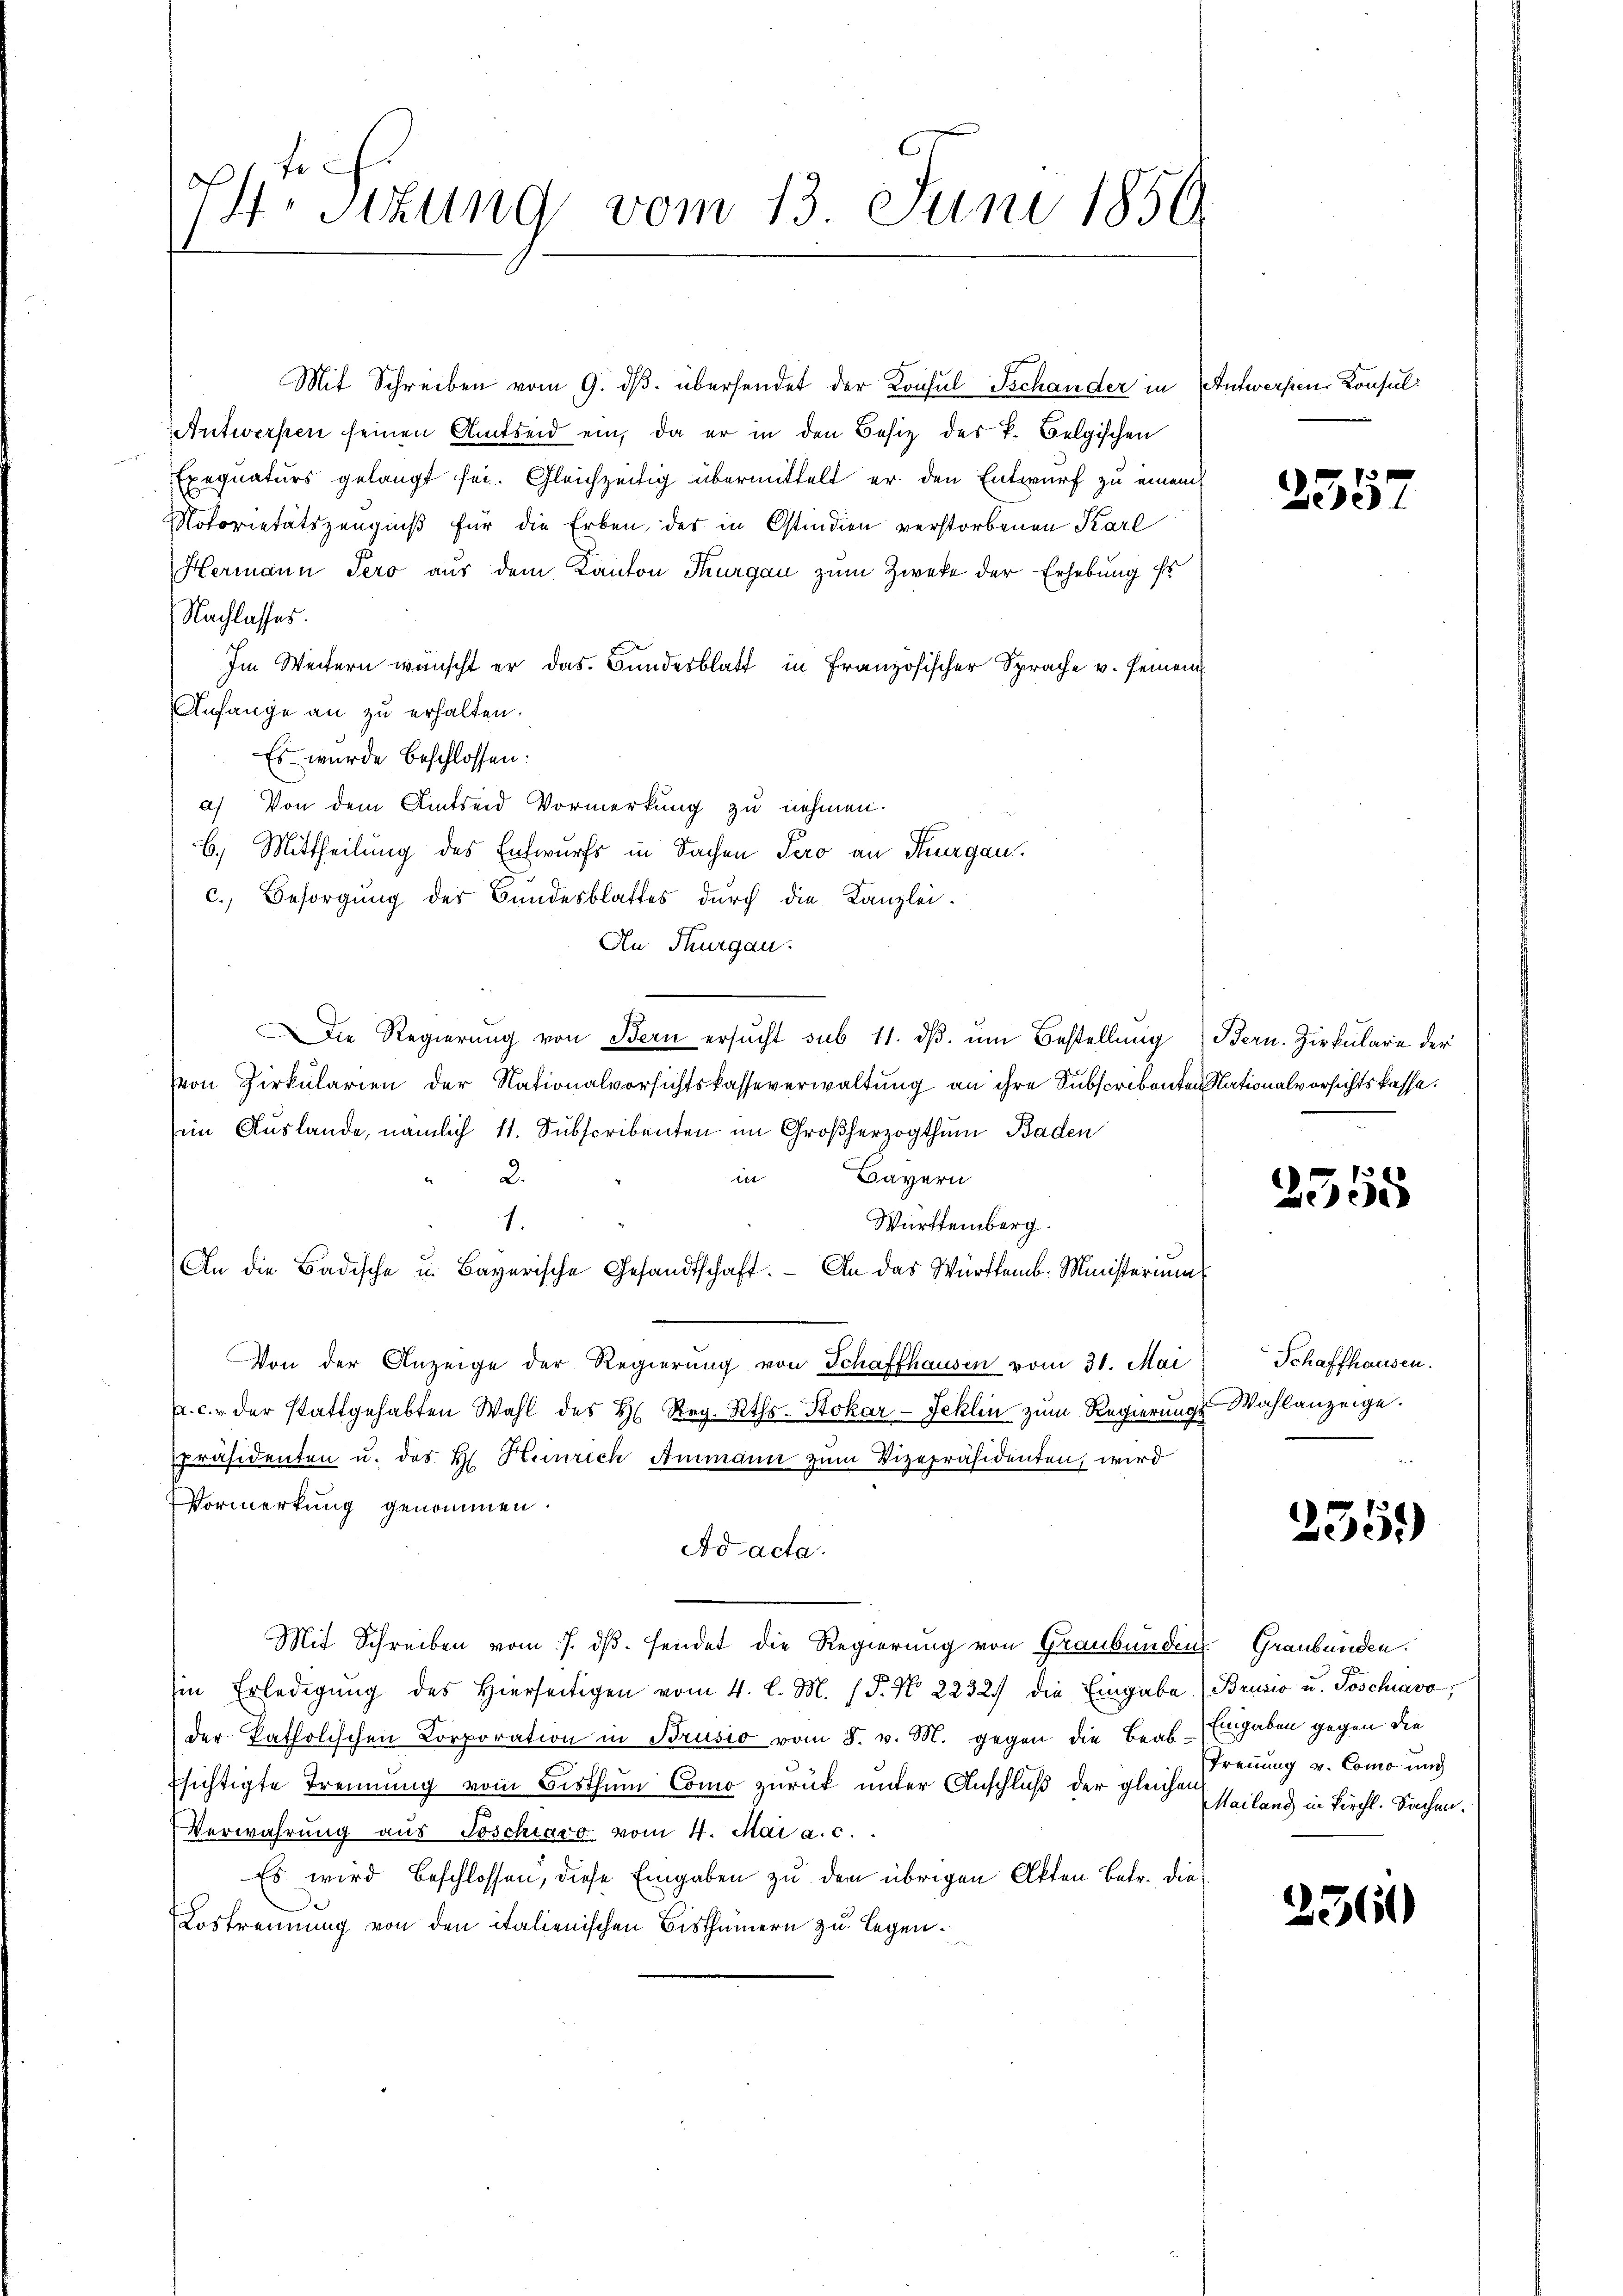
74. Sitzung vom 13. Juni 1850.

Mit Schreiben vom 9. dβ. übersendet der Konsul Schander in Antworfen, Konsul¬
Antwerken seinen Amtseid ein, da er in den Besitz des k. Belgischen
Exequaturs gelangt sei. Gleichzeitig übermittelt er den Entwurf zu einem
Notorietätszeugniß für die Erben, der in Ostindien verstorbenen Karl
Hermann Pero aus dem Kanton Thurgau zum Zweke der Erhebung ihr
Nachlasses.
Im Weitern wünscht er das Bundesblatt in Französischer Sprache v. Gemei
Anfange an zu erhalten.
Es wurde beschlossen:
a) Von dem Amtseid Vormerkung zu nehmen.
b. Mittheilung des Entwurfs in Sachen Pero an Thurgau.
c. Besorgung der Bundesblattes durch die Kanzlei-
An Thurgau.
Die Regierŭng von Bern ersŭcht sub 11. dβ. ŭm Bestellung Bern. Zirkulare der
von Zirkularien der Nationalvorsichtskasseverwaltung an ihre Subscribenten Nationalvorsichtskasse.
im Auslande, nämlich 11. Subscribenten im Großherzogthum Baden
iit
Bayern
2.
Württemberg.
1.
An die Badische u. Bayerische Gesandtschaft. An das Württemb. Ministeriums
Von der Anzeige der Regierŭng von Schaffhausen vom 31. Mai
. c. u. der stattgehabten Wahl des H. Reg. Rths. Stokar-Jeklin zum Regierungs¬
Präsidenten u. des H. Heinrich Ammann zum Vizepräsidenten, wird
VVormerkung genommen.
Ad acta.
Mit Schreiben vom 7. ds. sendet die Regierung von Graubünden Graubünden.
in Erledigŭng des hierseitigen vom 4. l. M. (§. N. 2232) die Eingabe. (Brusio u. Poschiavo,
der katholischen Corporation in Brusio vom 8. v. M. gegen die Beab-Eingaben gegen die
Esichtigte Trennung vom Bisthum Como zurück unter Anschluß der gleichen Heiland in Kirchl. Sachen.
Verwahrung aus Poschiavo vom 4. Mai a. c.
Es wird beschlossen, diese Eingaben zu den übrigen Akten Betr. die
Lostrennung von den italienischen Bisthümern zu legen¬

255.

251

5

Schaffhausen.
Wahlanzeige.

2351)

Trennung v. Como und

2560